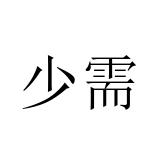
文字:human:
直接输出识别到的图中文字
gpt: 少需